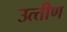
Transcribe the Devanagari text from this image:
उत्‍तीण